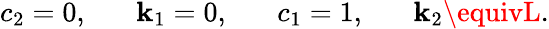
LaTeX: c_{2}=0,\; \; \; \; \; \; \mathbf{k}_{1}=0,\; \; \; \; \; \; c_{1}=1,\; \; \; \; \; \; \mathbf{k}_{2}\equivL.